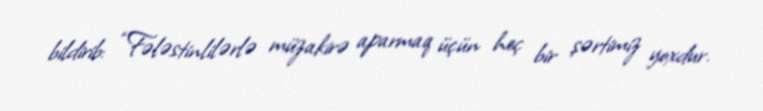
bildirib: “Fələstinlilərlə müzakirə aparmaq üçün heç bir şərtimiz yoxdur.